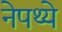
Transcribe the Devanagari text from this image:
नेपथ्ये